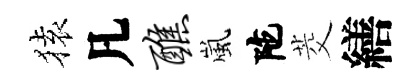
𫞤凡醮嵐陀茭繕